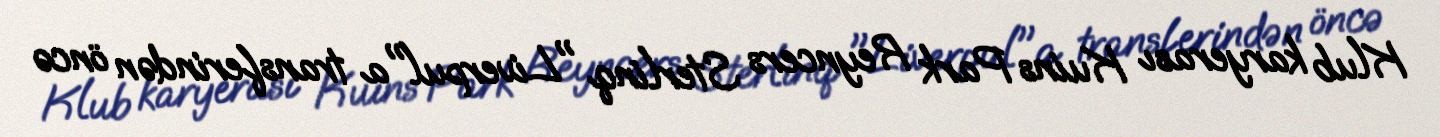
Klub karyerası Kuins Park Reyncers Sterlinq "Liverpul"a transferindən öncə